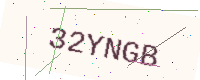
Text: 32YNGB